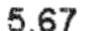
5.67